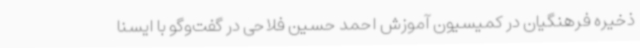
ذخیره فرهنگیان در کمیسیون آموزش احمد حسین فلاحی در گفت‌وگو با ایسنا